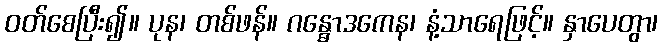
ဝတ်စေပြီး၍။ ပုန၊ တစ်ဖန်။ ဂန္ဓောဒကေန၊ နံ့သာရေဖြင့်။ နှာပေတွာ၊